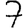
Digit: 7